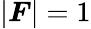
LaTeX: |\boldsymbol F|=1